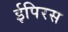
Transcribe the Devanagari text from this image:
ईपिरस